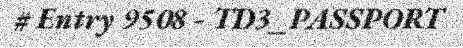
# Entry 9508 - TD3_PASSPORT